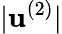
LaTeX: |\mathbf{u}^{(2)}|